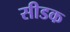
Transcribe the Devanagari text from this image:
सीडक